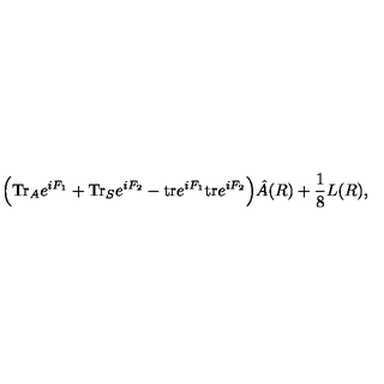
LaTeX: \Big ( \mathrm { T r } _ { A } e ^ { i F _ { 1 } } + \mathrm { T r } _ { S } e ^ { i F _ { 2 } } - \mathrm { t r } e ^ { i F _ { 1 } } \mathrm { t r } e ^ { i F _ { 2 } } \Big ) \hat { A } ( R ) + { \frac { 1 } { 8 } } L ( R ) ,